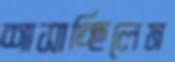
শাসাচ্ছিলেম